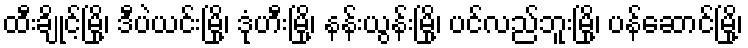
ထီးချိုင့်မြို့၊ ဒီပဲယင်းမြို့၊ ဒုံဟီးမြို့၊ နန်းယွန်းမြို့၊ ပင်လည်ဘူးမြို့၊ ပန်ဆောင်မြို့၊